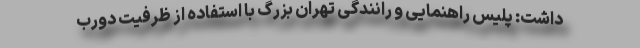
داشت: پلیس راهنمایی و رانندگی تهران بزرگ با استفاده از ظرفیت دورب